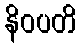
နိဝပတိ